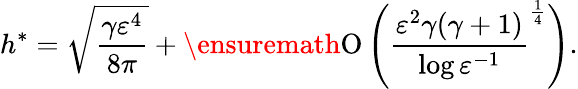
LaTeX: h^{\ast}=\sqrt[]{\frac{\gamma\varepsilon^{4}}{8\pi}}+\ensuremath{\operatorname{O}\left(\frac{\varepsilon^{2}\gamma(\gamma+1)}{\log{{\varepsilon}^{-1}}}^{\frac{1}{4}}\right)}.